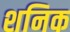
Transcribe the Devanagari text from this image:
शनिक